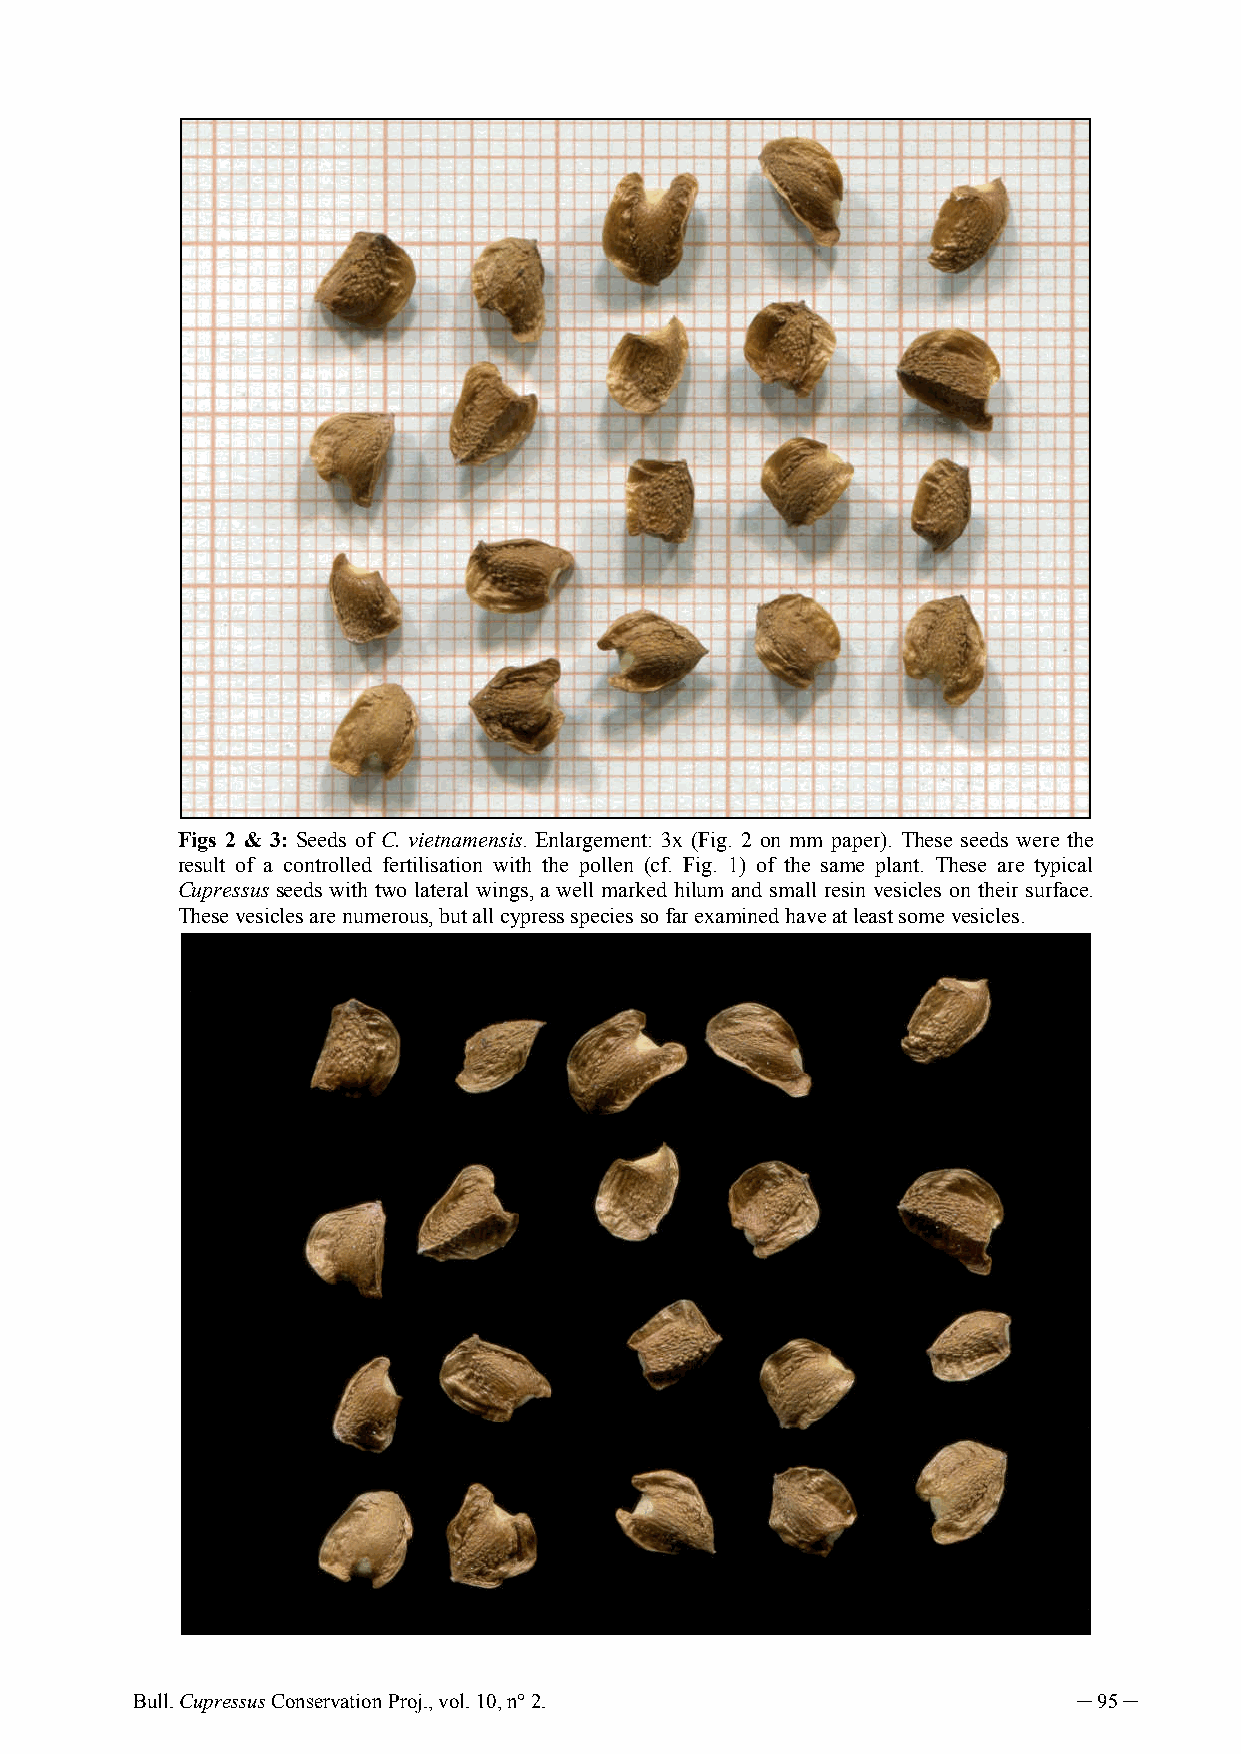
Figs 2 & 3: Seeds of C. vietnamensis. Enlargement: 3x (Fig. 2 on mm paper). These seeds were the
 result of a controlled fertilisation with the pollen (cf. Fig. 1) of the same plant. These are typical
 Cupressus seeds with two lateral wings, a well marked hilum and small resin vesicles on their surface.
 These vesicles are numerous, but all cypress species so far examined have at least some vesicles.
 Bull. Cupressus Conservation Proj., vol. 10, n° 2.            ─ 95 ─